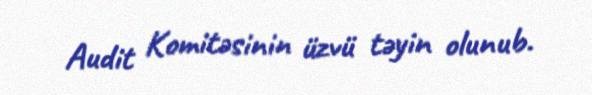
Audit Komitəsinin üzvü təyin olunub.